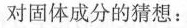
对固体成分的猜想：